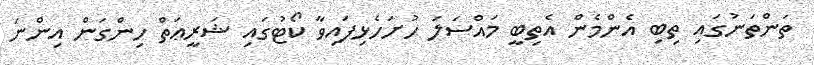
ތަންތަނުގައި ތިބި އެންމެން އެތިބީ މައްސަލަ ހުށަހެޅިފައިވާ ކޯޓުގައި ޝަރީޢަތް ހިންގަން އިންނަ